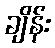
ချိန်း